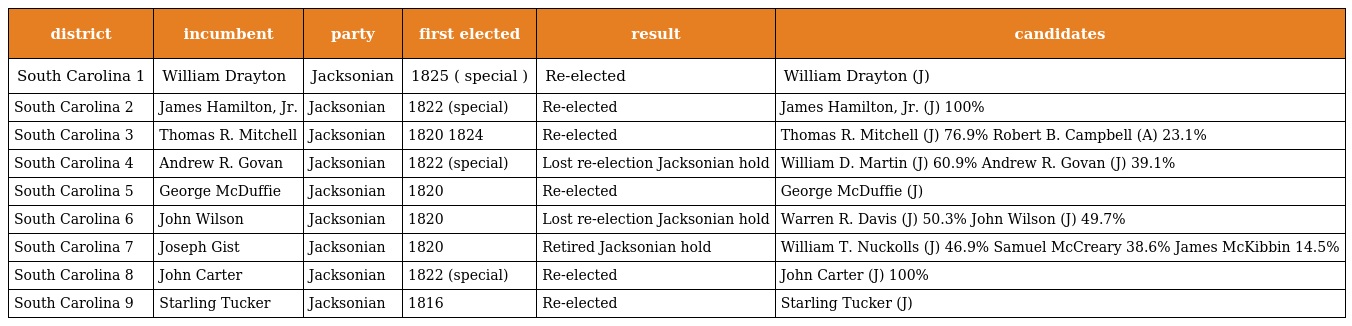
| district | incumbent | party | first elected | result | candidates |
 | --- | --- | --- | --- | --- | --- |
 | South Carolina 1 | William Drayton | Jacksonian | 1825 ( special ) | Re-elected | William Drayton (J) |
 | South Carolina 2 | James Hamilton, Jr. | Jacksonian | 1822 (special) | Re-elected | James Hamilton, Jr. (J) 100% |
 | South Carolina 3 | Thomas R. Mitchell | Jacksonian | 1820 1824 | Re-elected | Thomas R. Mitchell (J) 76.9% Robert B. Campbell (A) 23.1% |
 | South Carolina 4 | Andrew R. Govan | Jacksonian | 1822 (special) | Lost re-election Jacksonian hold | William D. Martin (J) 60.9% Andrew R. Govan (J) 39.1% |
 | South Carolina 5 | George McDuffie | Jacksonian | 1820 | Re-elected | George McDuffie (J) |
 | South Carolina 6 | John Wilson | Jacksonian | 1820 | Lost re-election Jacksonian hold | Warren R. Davis (J) 50.3% John Wilson (J) 49.7% |
 | South Carolina 7 | Joseph Gist | Jacksonian | 1820 | Retired Jacksonian hold | William T. Nuckolls (J) 46.9% Samuel McCreary 38.6% James McKibbin 14.5% |
 | South Carolina 8 | John Carter | Jacksonian | 1822 (special) | Re-elected | John Carter (J) 100% |
 | South Carolina 9 | Starling Tucker | Jacksonian | 1816 | Re-elected | Starling Tucker (J) |